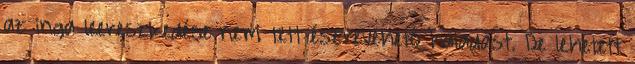
az inga leereszkedése nem tett észrevehető haladást. De lehetett